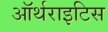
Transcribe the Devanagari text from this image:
ऑर्थराइटिस